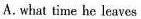
A.what time he leaves